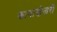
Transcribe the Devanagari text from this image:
कानाखेजरी